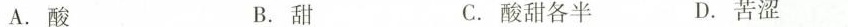
A.酸 B.甜 C.酸甜各半 D.苦涩